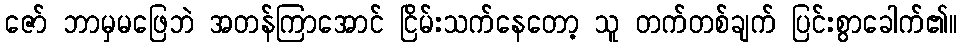
ဇော် ဘာမှမဖြေဘဲ အတန်ကြာအောင် ငြိမ်းသက်နေတော့ သူ တက်တစ်ချက် ပြင်းစွာခေါက်၏။